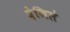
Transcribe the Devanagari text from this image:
देजिले